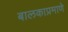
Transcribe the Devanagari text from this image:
बालकाप्रमाणे